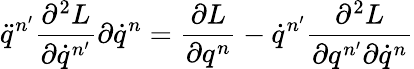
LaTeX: \ddot{q}^{n^{\prime}}\frac{\partial^{2}L}{\partial\dot{q}^{n^{\prime}}}{\partial\dot{q}^{n}}=\frac{\partial L}{\partial q^{n}}-\dot{q}^{n^{\prime}}\frac{\partial^{2}L}{\partial q^{n^{\prime}}\partial\dot{q}^{n}}